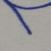
Signature authenticity: genuine